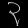
Digit: ၃